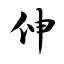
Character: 伸